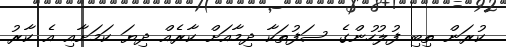
ކުރަން ތިބި ފުލުހުންގެ ސަފުތަކާ ދިމާއަށް ކާރެއް ދިޔަ ކަމަށާއި އެ ކާރު